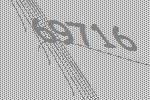
69716